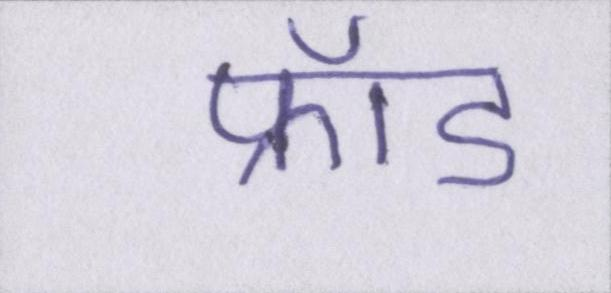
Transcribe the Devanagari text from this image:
फ्रॉड